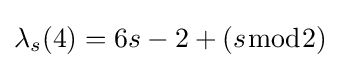
\lambda _{s}(4)=6s-2+(s{\bmod {2}})